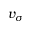
v _ { \sigma }